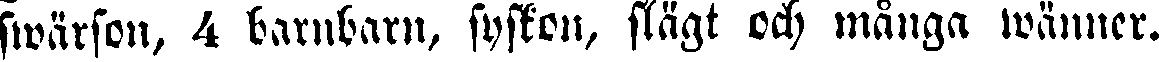
swärson, 4 barnbarn, syskon, slägt och många wänner.